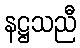
နဋ္ဌသညီ